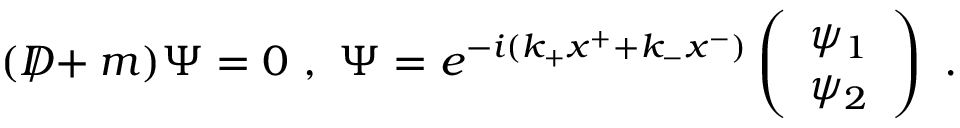
( D \! \! \! \! / + m ) \Psi = 0 \ , \, \, \Psi = e ^ { - i ( k _ { + } x ^ { + } + k _ { - } x ^ { - } ) } \left( \begin{array} { l } { { \psi _ { 1 } } } \\ { { \psi _ { 2 } } } \end{array} \right) \ .